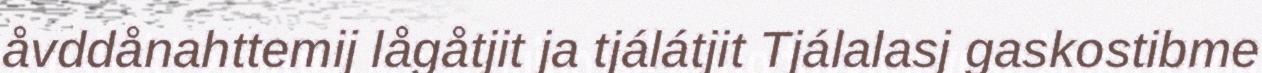
åvddånahttemij lågåtjit ja tjálátjit Tjálalasj gaskostibme